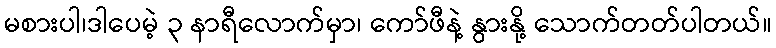
မစားပါ၊ဒါပေမဲ့ ၃ နာရီလောက်မှာ၊ ကော်ဖီနဲ့ နွားနို့ သောက်တတ်ပါတယ်။